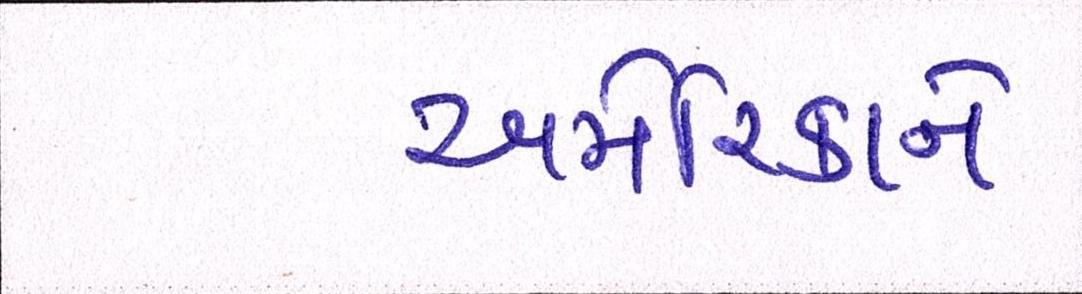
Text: અમેરિકાને